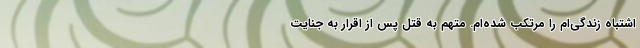
اشتباه زندگی‌ام را مرتکب شده‌ام. متهم به قتل پس از اقرار به جنایت